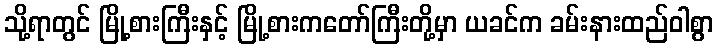
သို့ရာတွင် မြို့စားကြီးနှင့် မြို့စားကတော်ကြီးတို့မှာ ယခင်က ခမ်းနားထည်ဝါစွာ